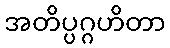
အတိပ္ပဂ္ဂဟိတာ